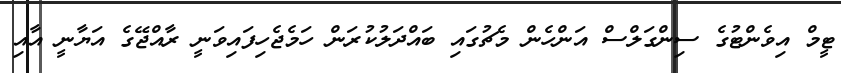
ޓީމް އިވެންޓުގެ ސިންގަލްސް އަންހެން މެޗުގައި ބައްދަލުކުރަން ހަމެޖެހިފައިވަނީ ރާއްޖޭގެ އަޔާނީ އާއި